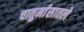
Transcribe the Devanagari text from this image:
चातुर्मासातले